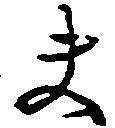
夫